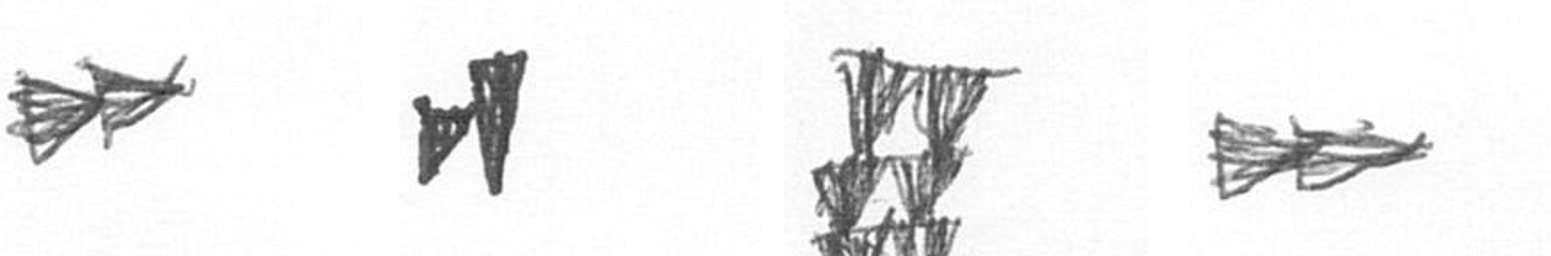
A M Y A